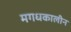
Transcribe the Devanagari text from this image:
मगधकालीन